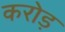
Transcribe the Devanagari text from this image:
करोड़